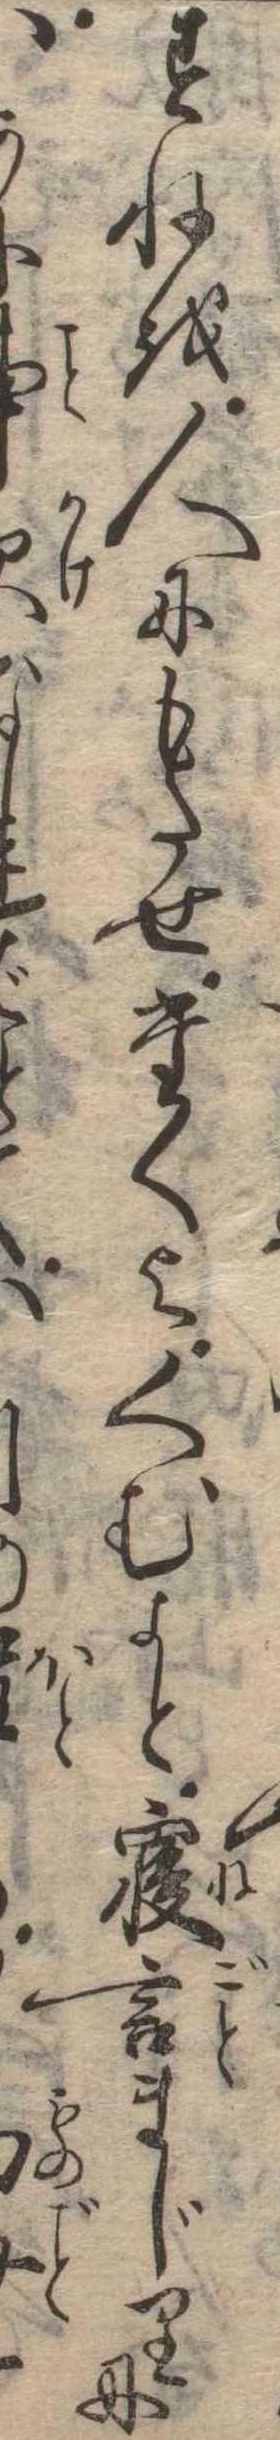
すねを人にもたせたくよくむよと寝言まじりにか欠なれと